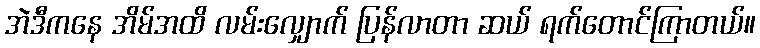
အဲဒီကနေ အိမ်အထိ လမ်းလျှောက် ပြန်လာတာ ဆယ် ရက်တောင်ကြာတယ်။